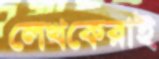
লেখকেরাই